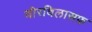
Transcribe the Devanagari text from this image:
वीरविलासफ़